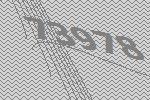
73978